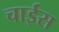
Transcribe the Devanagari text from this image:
चाईस